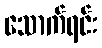
သောက်ရင်း